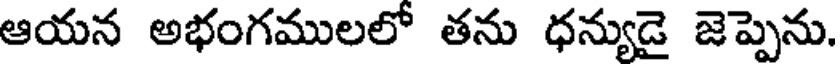
ఆయన అభంగములలో తను ధన్యుడై జెప్పెను.